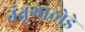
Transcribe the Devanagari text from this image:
तंतूगाठोडे